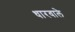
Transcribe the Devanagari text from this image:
धारवाले